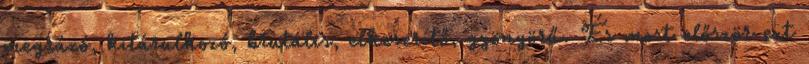
megrázó, kitárulkozó, brutális, elkeserítő, gyönyörű. És most először ezt